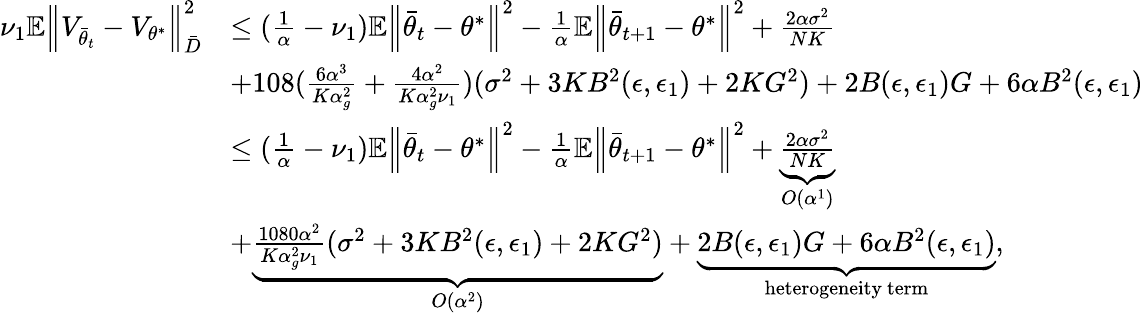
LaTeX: \begin{array}{rl}{\nu_{1}\mathbb{E}\Big\lVert V_{\bar{\theta}_{t}}-V_{\theta^{*}}\Big\rVert_{\bar{D}}^{2}}&{\le(\frac{1}{\alpha}-\nu_{1})\mathbb{E}\Big\lVert\bar{\theta}_{t}-\theta^{*}\Big\rVert^{2}-\frac{1}{\alpha}\mathbb{E}\Big\lVert\bar{\theta}_{t+1}-\theta^{*}\Big\rVert^{2}+\frac{2\alpha\sigma^{2}}{NK}}\\ &{+108(\frac{6\alpha^{3}}{K\alpha_{g}^{2}}+\frac{4\alpha^{2}}{K\alpha_{g}^{2}\nu_{1}})(\sigma^{2}+3KB^{2}(\epsilon,\epsilon_{1})+2KG^{2})+2B(\epsilon,\epsilon_{1})G+6\alpha B^{2}(\epsilon,\epsilon_{1})}\\ &{\le(\frac{1}{\alpha}-\nu_{1})\mathbb{E}\Big\lVert\bar{\theta}_{t}-\theta^{*}\Big\rVert^{2}-\frac{1}{\alpha}\mathbb{E}\Big\lVert\bar{\theta}_{t+1}-\theta^{*}\Big\rVert^{2}+\underbrace{\frac{2\alpha\sigma^{2}}{NK}}_{O(\alpha^{1})}}\\ &{+\underbrace{\frac{1080\alpha^{2}}{K\alpha_{g}^{2}\nu_{1}}(\sigma^{2}+3KB^{2}(\epsilon,\epsilon_{1})+2KG^{2})}_{O(\alpha^{2})}+\underbrace{2B(\epsilon,\epsilon_{1})G+6\alpha B^{2}(\epsilon,\epsilon_{1})}_{\mathrm{heterogeneity~term}},}\end{array}